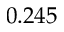
0 . 2 4 5